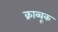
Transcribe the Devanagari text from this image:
क्राव्चूक